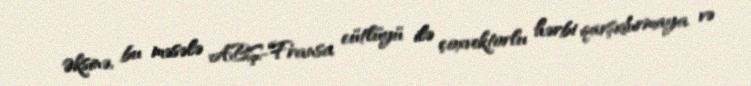
Əksinə, bu məsələ ABŞ-Fransa cütlüyü ilə çoxvektorlu hərbi qarşıdurmaya və